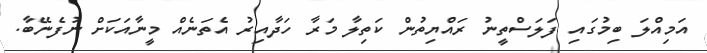
އަމިއްލަ ބިމުގައި ފަލަސްތީނު ރައްޔިތުން ކަތިލާ މަރާ ހަދާއިރު އެތަނެއް މީނާއަކަށް ނުފެނޭބާ.